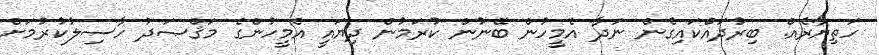
ހަތިޔާރެއް. ބިރުދައްކައިގެން ނަދާ އެމީހުން ބޭނުން ކުރަމުން ދިޔައީ އެމީހުންގެ މަޤްޞަދު ހާސިލުކުރުމަށް